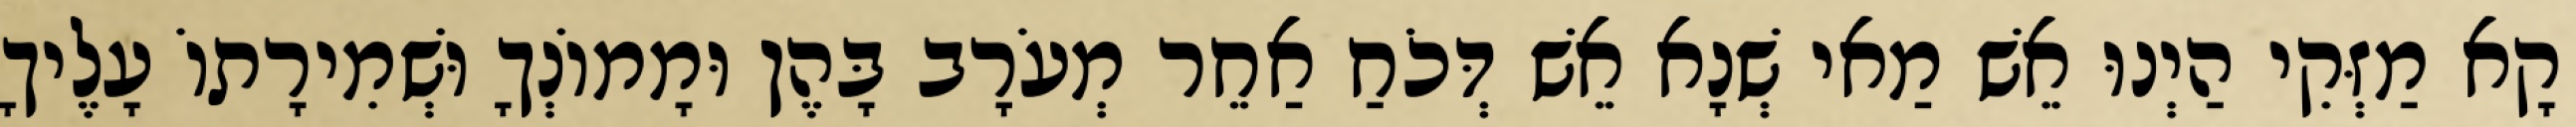
קָא מַזְּקִי הַיְנוּ אֵשׁ מַאי שְׁנָא אֵשׁ דְּכֹחַ אַחֵר מְעֹרָב בָּהֶן וּמָמוֹנְךָ וּשְׁמִירָתוֹ עָלֶיךָ